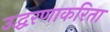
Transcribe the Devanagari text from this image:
उद्धरणाकरिता